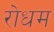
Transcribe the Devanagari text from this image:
रोधम